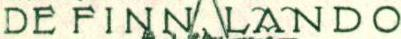
DE FINN LANDO